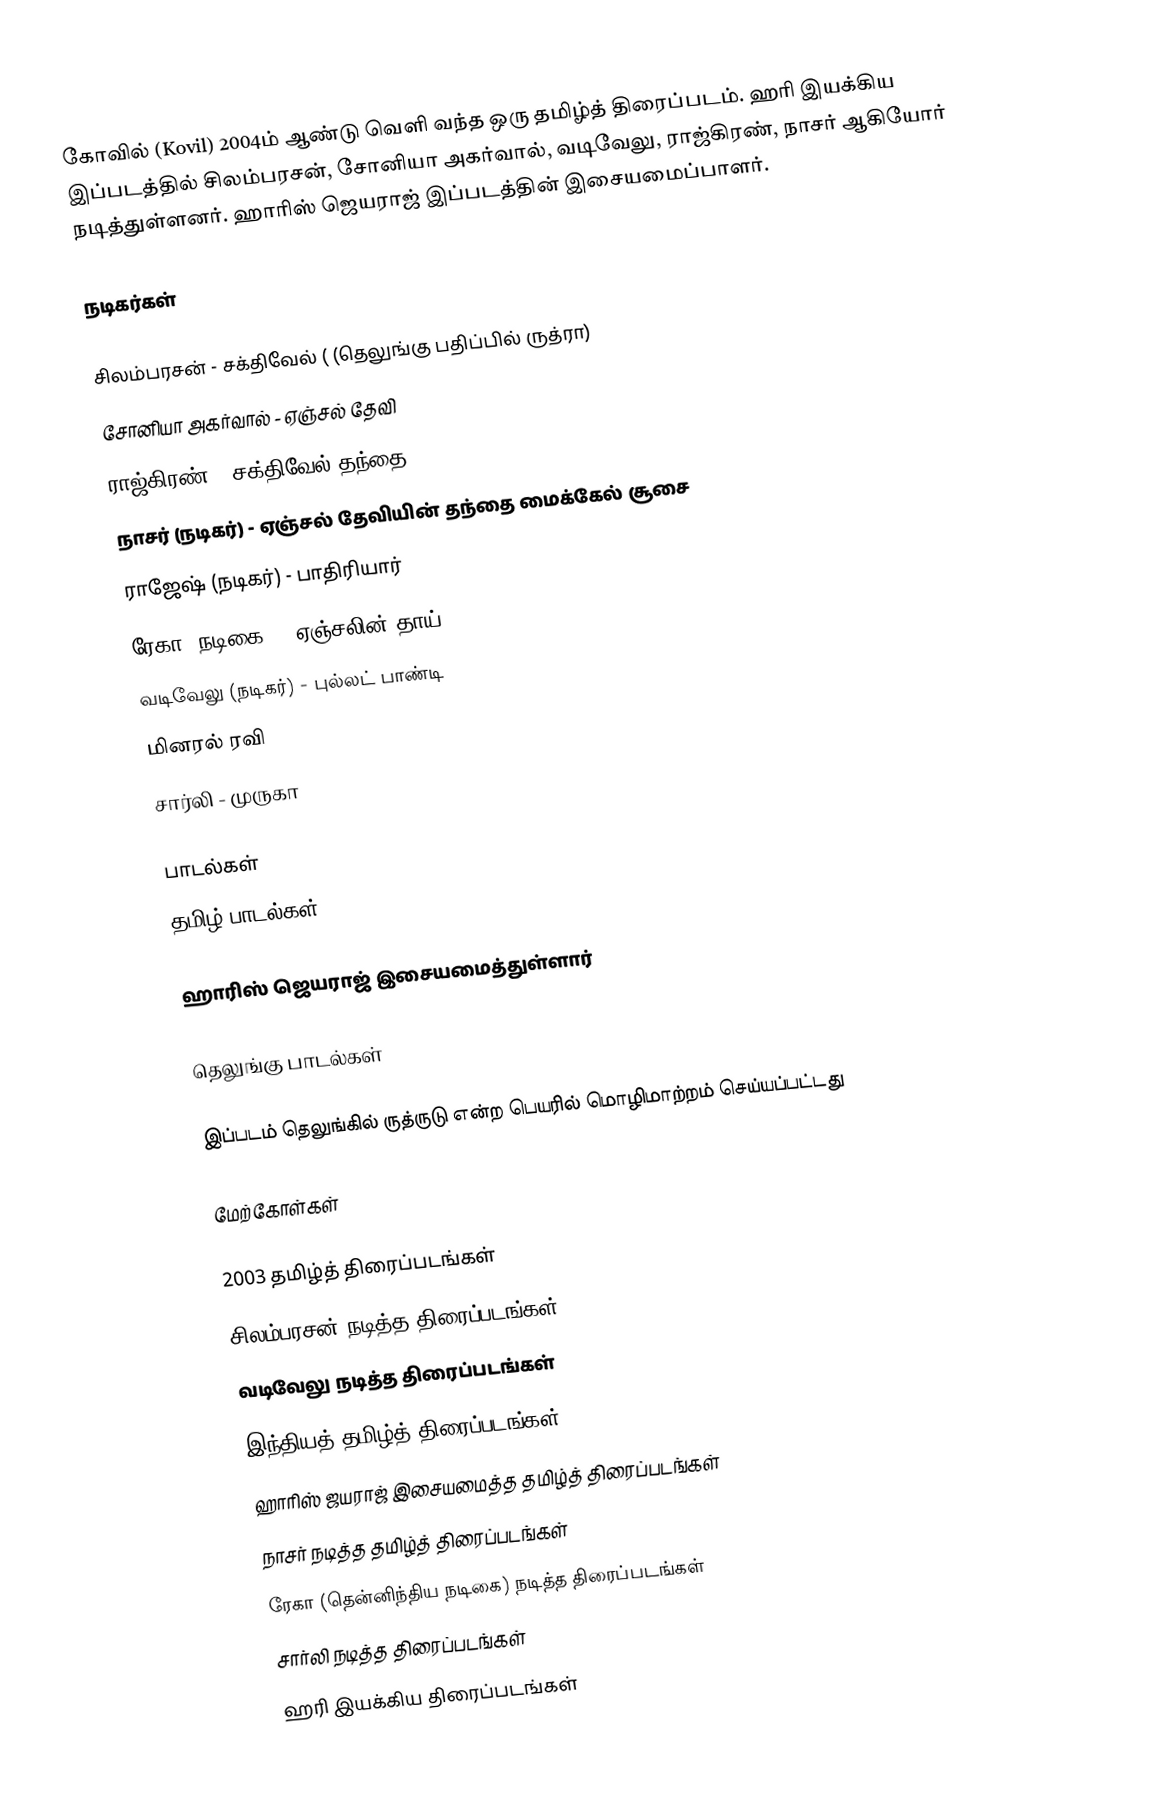
கோவில் (Kovil) 2004ம் ஆண்டு வெளி வந்த ஒரு தமிழ்த் திரைப்படம். ஹரி இயக்கிய இப்படத்தில் சிலம்பரசன், சோனியா அகர்வால், வடிவேலு, ராஜ்கிரண், நாசர் ஆகியோர் நடித்துள்ளனர். ஹாரிஸ் ஜெயராஜ் இப்படத்தின் இசையமைப்பாளர்.

நடிகர்கள்

 சிலம்பரசன் - சக்திவேல் ( (தெலுங்கு பதிப்பில் ருத்ரா)
 சோனியா அகர்வால் - ஏஞ்சல் தேவி
 ராஜ்கிரண் - சக்திவேல் தந்தை
 நாசர் (நடிகர்) - ஏஞ்சல் தேவியின் தந்தை மைக்கேல் சூசை
ராஜேஷ் (நடிகர்) - பாதிரியார்
 ரேகா (நடிகை) - ஏஞ்சலின் தாய்
 வடிவேலு (நடிகர்) - புல்லட் பாண்டி
 மினரல் ரவி
 சார்லி - முருகா

பாடல்கள்
தமிழ் பாடல்கள்

ஹாரிஸ் ஜெயராஜ் இசையமைத்துள்ளார்

தெலுங்கு பாடல்கள்

இப்படம் தெலுங்கில் ருத்ருடு என்ற பெயரில் மொழிமாற்றம் செய்யப்பட்டது

மேற்கோள்கள்

2003 தமிழ்த் திரைப்படங்கள்
சிலம்பரசன் நடித்த திரைப்படங்கள்
வடிவேலு நடித்த திரைப்படங்கள்
இந்தியத் தமிழ்த் திரைப்படங்கள்
ஹாரிஸ் ஜயராஜ் இசையமைத்த தமிழ்த் திரைப்படங்கள்
நாசர் நடித்த தமிழ்த் திரைப்படங்கள்
ரேகா (தென்னிந்திய நடிகை) நடித்த திரைப்படங்கள்
சார்லி நடித்த திரைப்படங்கள்
ஹரி இயக்கிய திரைப்படங்கள்